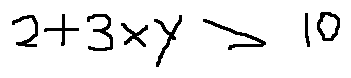
2 + 3 x y > 1 0